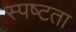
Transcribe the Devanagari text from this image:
स्‍पष्‍टता